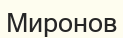
Миронов